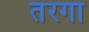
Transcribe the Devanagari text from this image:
तंरगां